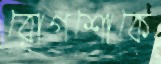
রোগশোকে